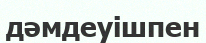
дәмдеуішпен